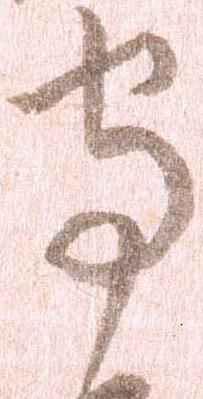
守